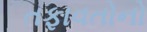
તફાવતોનો